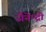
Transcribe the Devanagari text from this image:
जैनेन्द्री